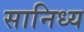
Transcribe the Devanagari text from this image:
सानिध्‍य